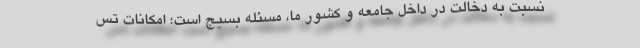
نسبت به دخالت در داخل جامعه و کشور ما، مسئله بسیج است؛ امکانات تس